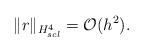
LaTeX: \begin{align*}\|r\|_{H^4_{scl}}= \mathcal{O}(h^2).\end{align*}